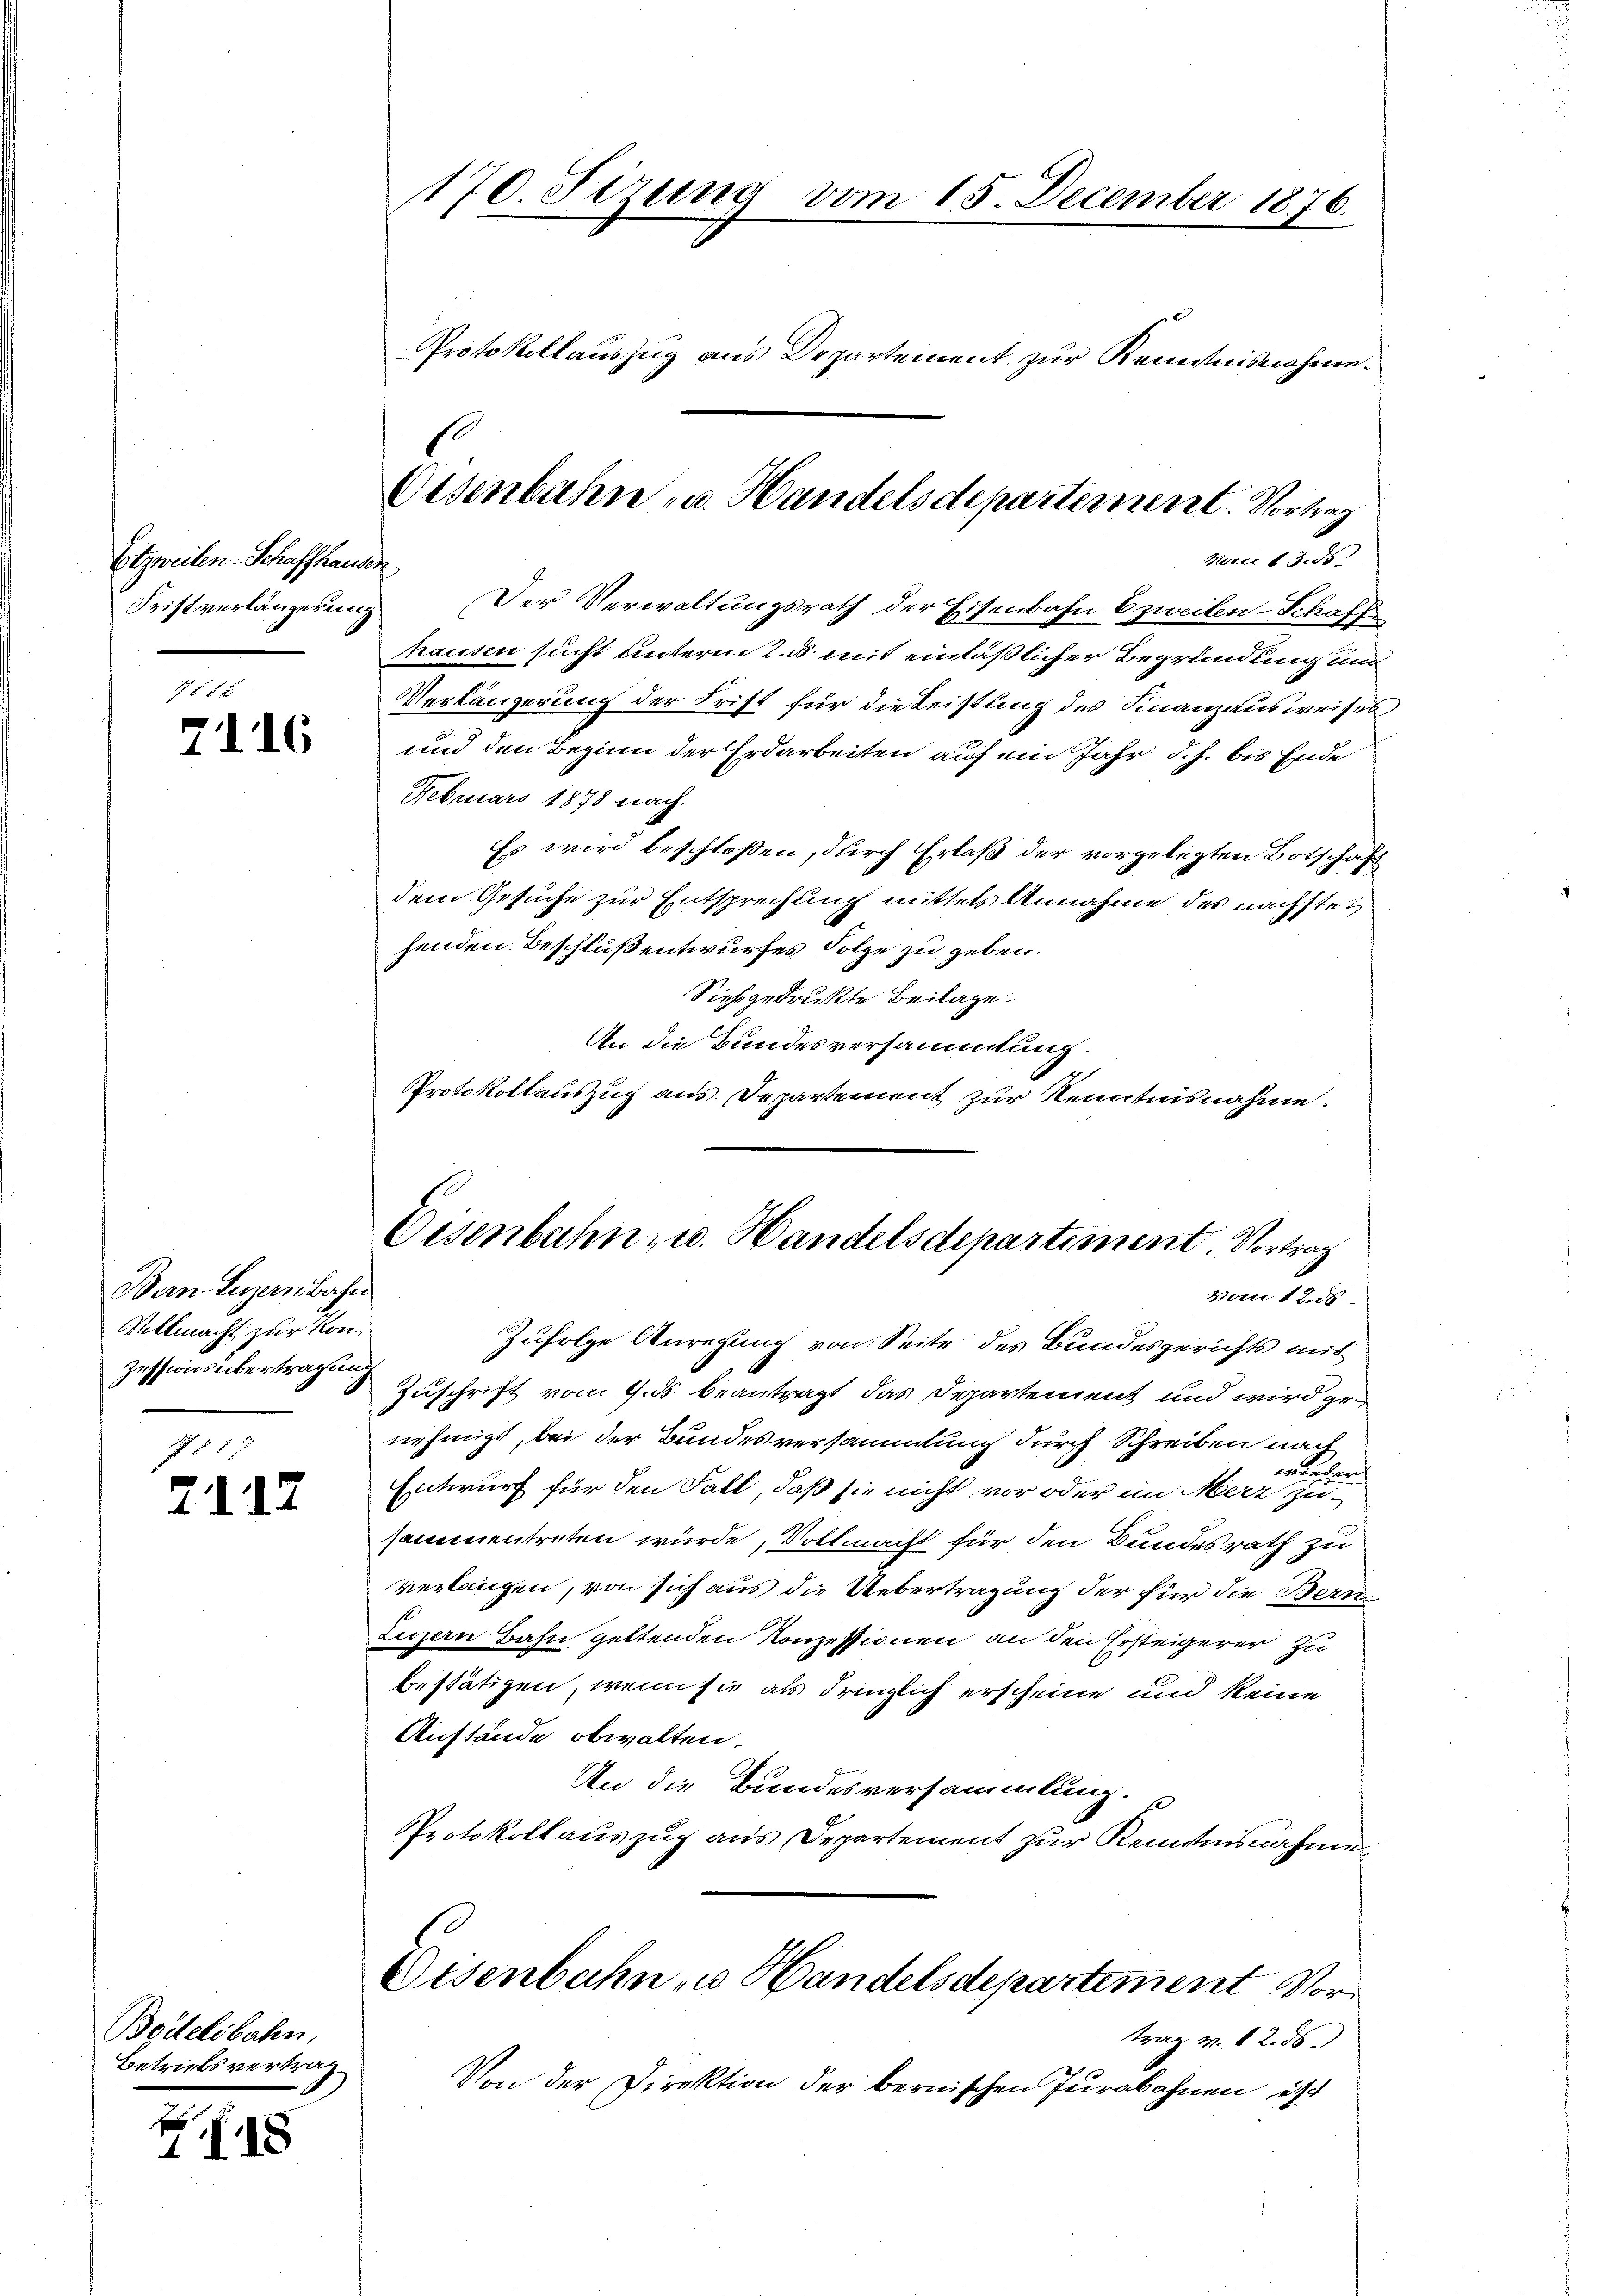
Etzweilen Schaffhausen
Fristverlängerung

7 f 8 x
2116

Bern Luzernbahn
Vollmacht zur Kon¬
Zessions übertragung
1551

7117

Boitelsbahn,
Betriebsvertrag

s
118

170. Sizung vom 15. December 1876.
Protokollauszug aus Departement zur Kenntnisnahme.

Oesenbahn u. Handelsdepartement. Vortrag

Nerii 13. ds.
Der Verwaltungsrath der Eisenbahn E zweiten-Schaffhausen sucht unterm 2. u. mit einläßlicher Begründung und
Verlängerung der Frist für die Leistung des Finanzausweises
und den Beginn der Erdarbeiten auf ein Jahr d. h. bis Ende
Februars 1878 nach.
Es wird beschloßen, durch Erlaß der vorgelegten Botschaft
dem Gesuche zur Entsprechung mittels Annahme des nachsteihenden Beschluß entwurfes Folge zu geben.
Sießgedruckte Beilage.
An die Bundesversammlung.
Protokollauszug aus. Departement zur Kenntnisnahme.

Eisenbahn- u. Handelsdepartement Vortrag

Von 125.
Zufolge Anregung von Seite des Bundesgerichts mit
Zuschrift vom 9. ds. beantragt das Departement und wird genehmigt, bei der Bundesversammlung durch Schreiben nach
wieder
Entwurf für den Fall, daß sie nicht vor oder im Merz zu-
sammentreten würde, Vollmacht für den Bundesrath zu
verlangen, von sich aus die Uebertragung der für die Bern
Luzern Bahn geltenden Konzessionen an den Ersteigerer zu
bestätigen, wenn sie als dringlich erscheine und keine
Anstände obwalten.
An die Bundesversammlung.
Protokollauszug aus Departement zur Kenntnisnahmen
Oisenbahn zu Handelsdepartiment Vortrag M. 82. 56
Von der Direktion der bernischen Jurabahnen ist